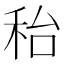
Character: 秮